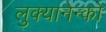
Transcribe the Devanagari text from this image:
लुक्यानेन्को